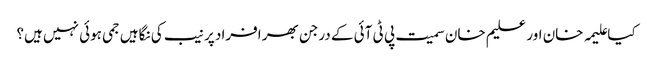
کیا علیمہ خان اور علیم خان سمیت پی ٹی آئی کے درجن بھر افراد پر نیب کی نگاہیں جمی ہوئی نہیں ہیں؟